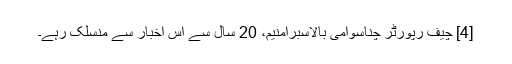
[4] چیف رپورٹر چناسوامی بالاسبرامنیم، 20 سال سے اس اخبار سے منسلک رہے۔